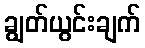
ချွတ်ယွင်းချက်